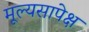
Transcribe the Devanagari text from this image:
मूल्यसापेक्ष